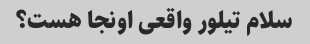
سلام تیلور واقعی اونجا هست؟